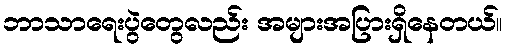
ဘာသာရေးပွဲတွေလည်း အများအပြားရှိနေတယ်။